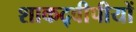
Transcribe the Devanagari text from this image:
शाकद्वीपीयों